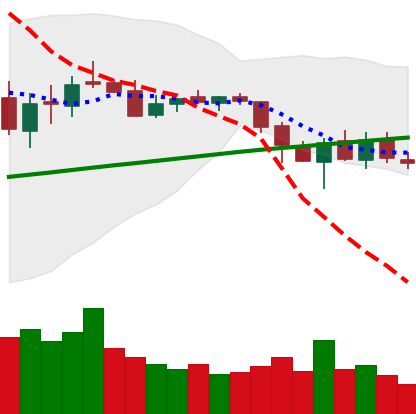
Ticker: LTC-USD
Chart end date: 2018-03-13
Forward return: -12.349%
Label: down_7plus